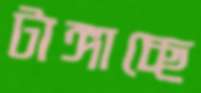
টাঙ্গাচ্ছে